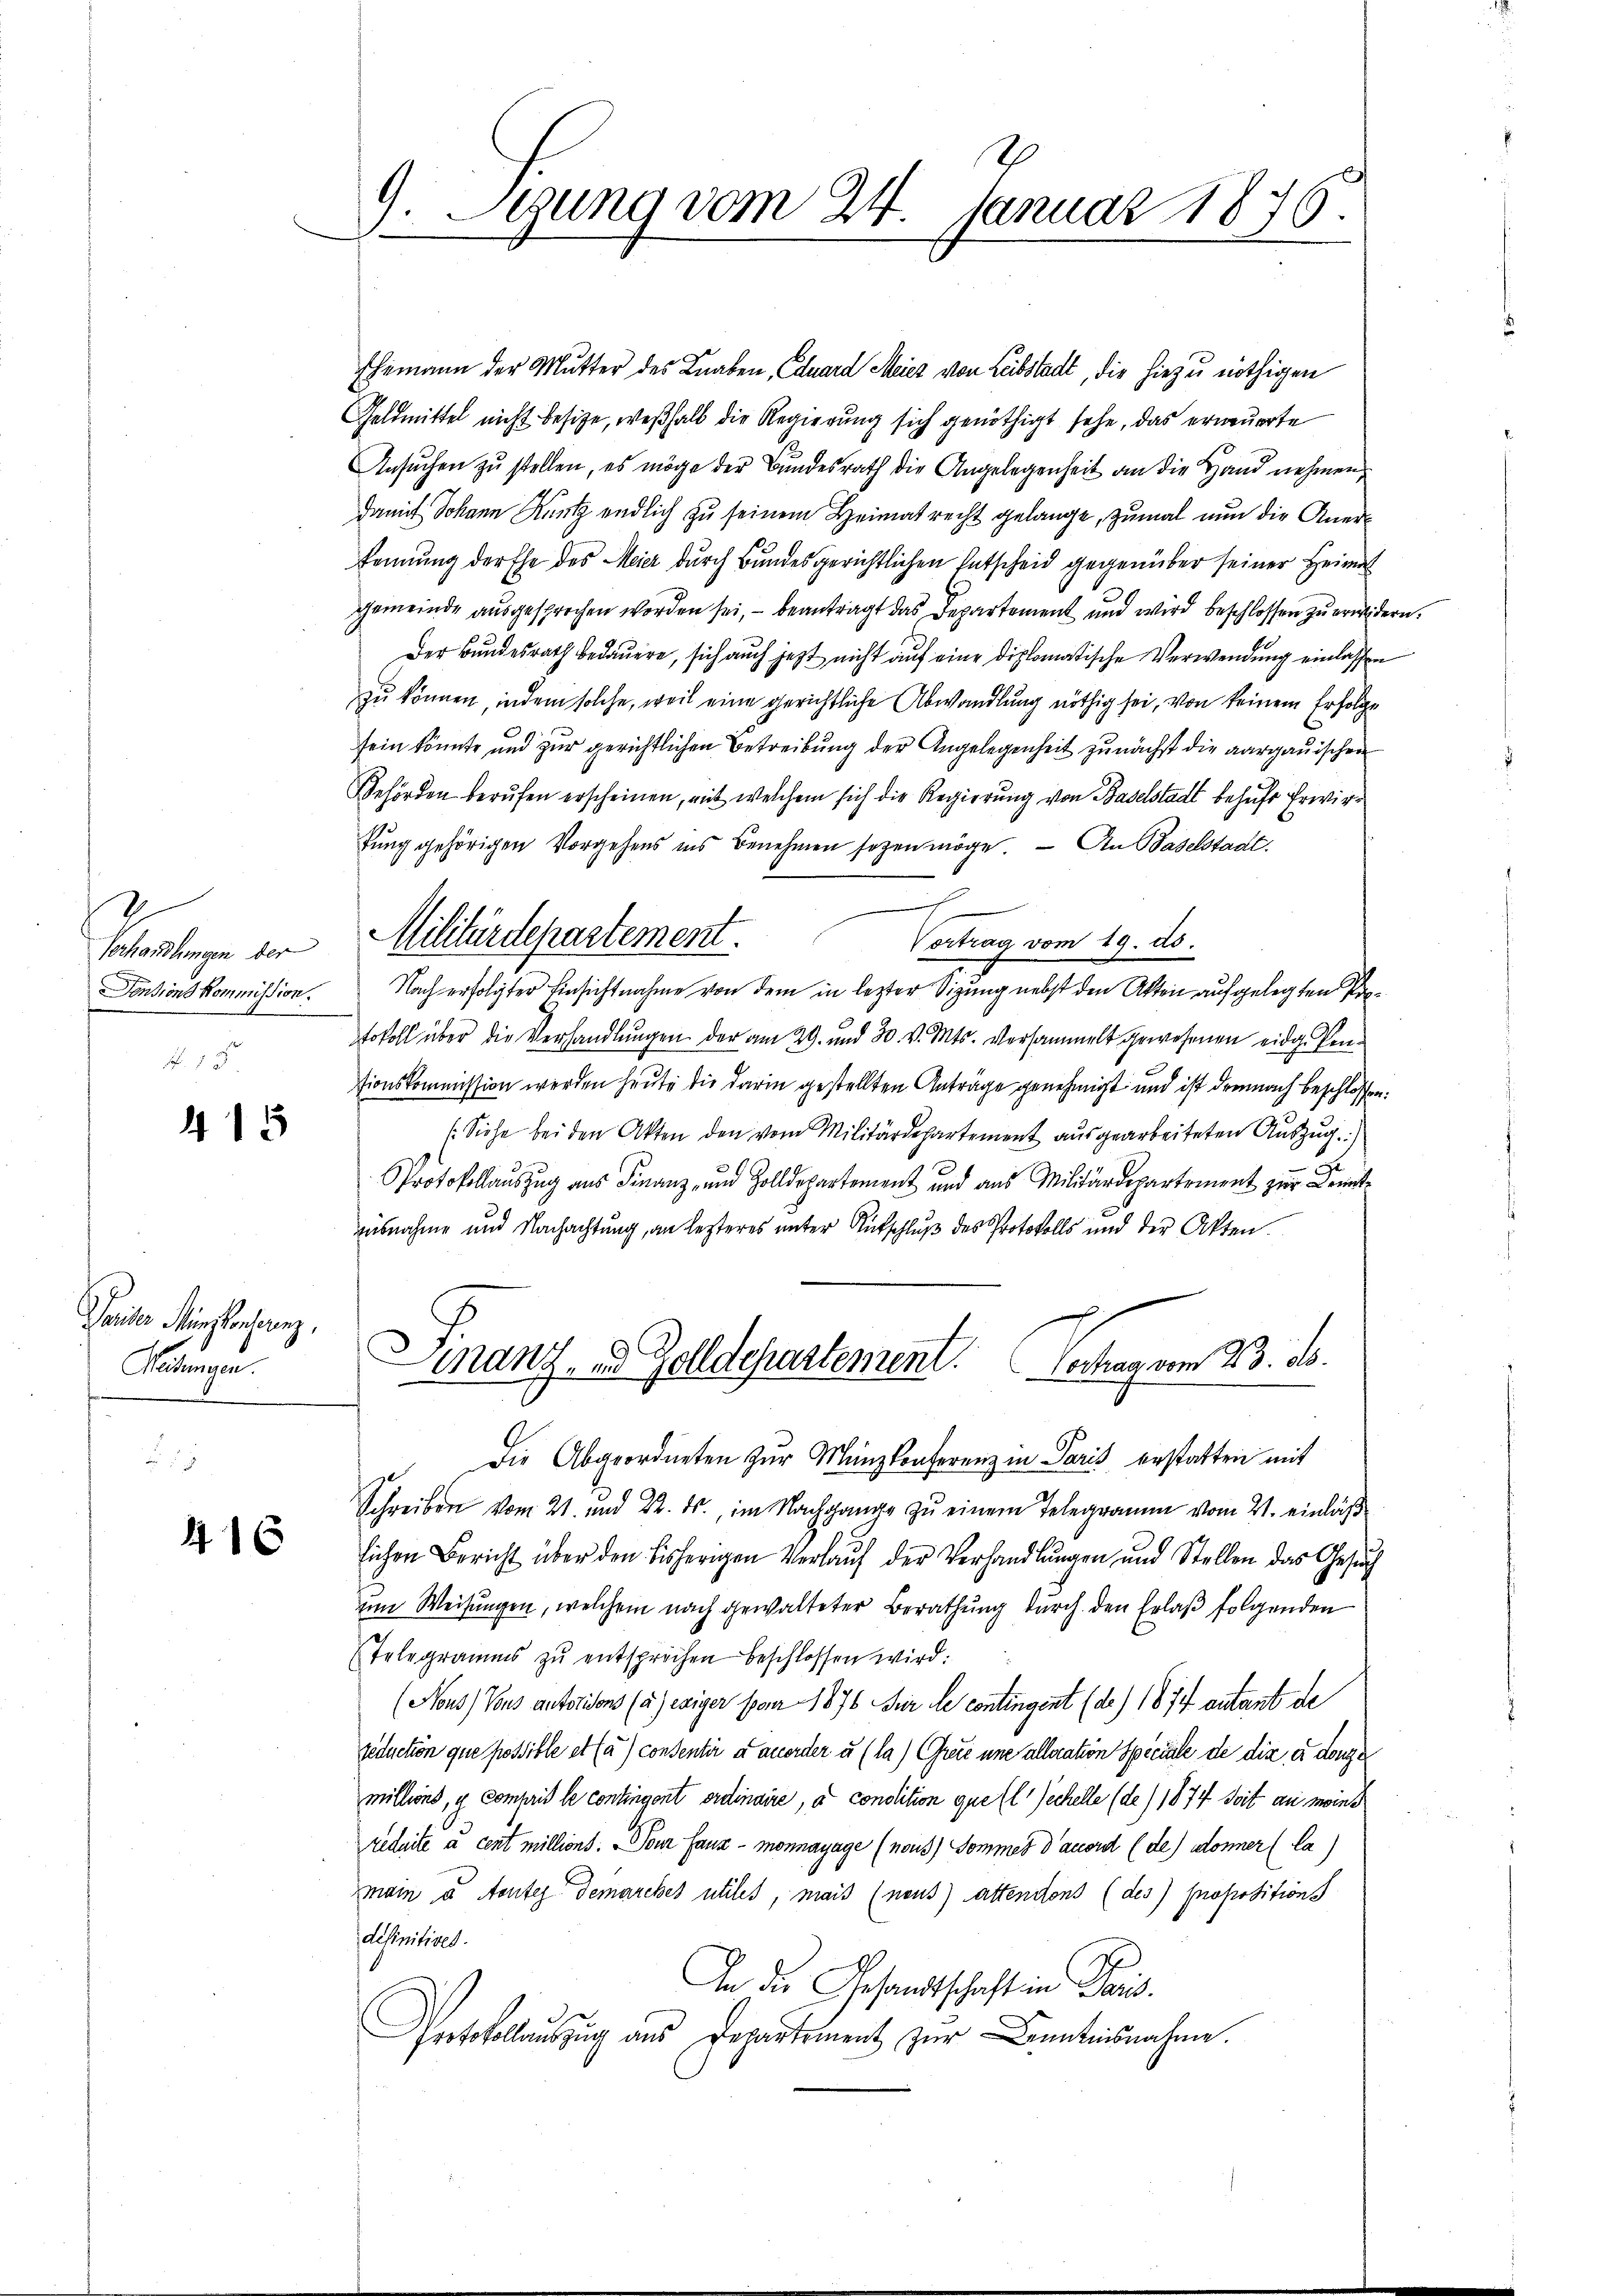
Vaterlage der
Pensions Kommission.

415

Taider Münsonderenz.
Paumgan

416

E
9. Seung vom 24. Januar 1876.

Ehemann der Mutter des Knaben, Eduard Meies von Leibstadt, die hiezu nöthigen
Geldmittel nicht besitze, weßhalb die Regierung sich genöthigt sehe, das erneuerte
Ansuchen zu stellen, es möge der Bundesrath die Angelegenheit an die Hand nehmen
damit Johann Kuntz endlich zu seinem Heimat recht gelange, zumal nun die Anerkennung der Ehe des Meier durch Bundesgerichtlichen Entscheid gegenüber seiner Heimat
gemeinde ausgesprochen worden sei, – beantragt das Departement und wird beschlossen zu erwidern.
Der Bundesrath bedauern, sich auch jetzt nicht auf eine diplomatische Verwendung einlassen
zu können, indem solche, weil eine gerichtliche Abwandlung nöthig sei, von keinem Erfolge
sein könnte und zur gerichtlichen Betreibung der Angelegenheit zunächst die aargauischen
Behörden berufen erscheinen, mit welchem sich die Regierung von Baselstadt behufs Erwirtung gehörigen Vorgehens ins Benehmen sogen möge. — An Baselstadt.
Vortrag vom 19. ds.
Nach erfolgter Einsichtnahme von dem in lezter Sizung nebst den Akten aufgelegten Protokoll über die Verhandlungen der am 29. und 30. v. Mts. versammelt gewesenen eidg. Pentionskommission werden heute die darin gestellten Anträge genehmigt und ist demnach beschlossen:
(Siehe bei den Akten den vom Militärdepartement aŭsgearbeiteten Aŭszŭg.)
Protokollauszug aus Finanz- und Zolldepartement und aus Militärdepartement zur Kenntausnahme und Nachachtŭng, an lezteres ŭnter Rutschlŭβ des Protokolls und der Akten.
Manz, u. Zolldepartement. Vertrag vom 23. ds.
Die Abgeordneten zur Münzkonferenz in Paris erstatten mit
Schreiben vom 21. und 22. ds., im Nachgange zu einem Telegramm vom 21. einlaß
lichen Bericht über den bisherigen Verlauf der Verhandlungen und Stellen das Gesuch
um Weisungen, welchem nach gewalteter Berathung durch den Erlaß folgenden
Telegramms zŭ entsprechen beschlossen wird:
(Nous) Vons autorisons (a) esiger von 1876 Für le contingent (de) 1874 autant de
seduction que possible et (a) consentir dauerder u (la) Greie une alleration spicile de die es donne
millions, u. Compris le contingent ordinaire, à condition quell Zechelle (de) 1874 Seit au moins
eduite à cent millions. Tour fauz - Monnayage (nous) Sommes d’auord (de) donner (la)
main à toutes Demarckes utiles, mais (neuß) attendons (des) Propositions
definitives.
An die Gesandtschaft in Paris.
Protokollauszug aus Departement zur Kenntnisnahme.

Militärdepartement.